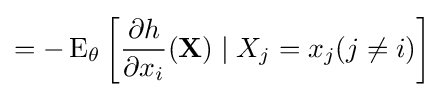
=-\operatorname {E} _{\theta }\left[{\frac {\partial h}{\partial x_{i}}}(\mathbf {X} )\mid X_{j}=x_{j}(j\neq i)\right]